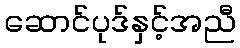
ဆောင်ပုဒ်နှင့်အညီ